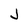
Character: J